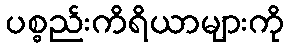
ပစ္စည်းကိရိယာများကို